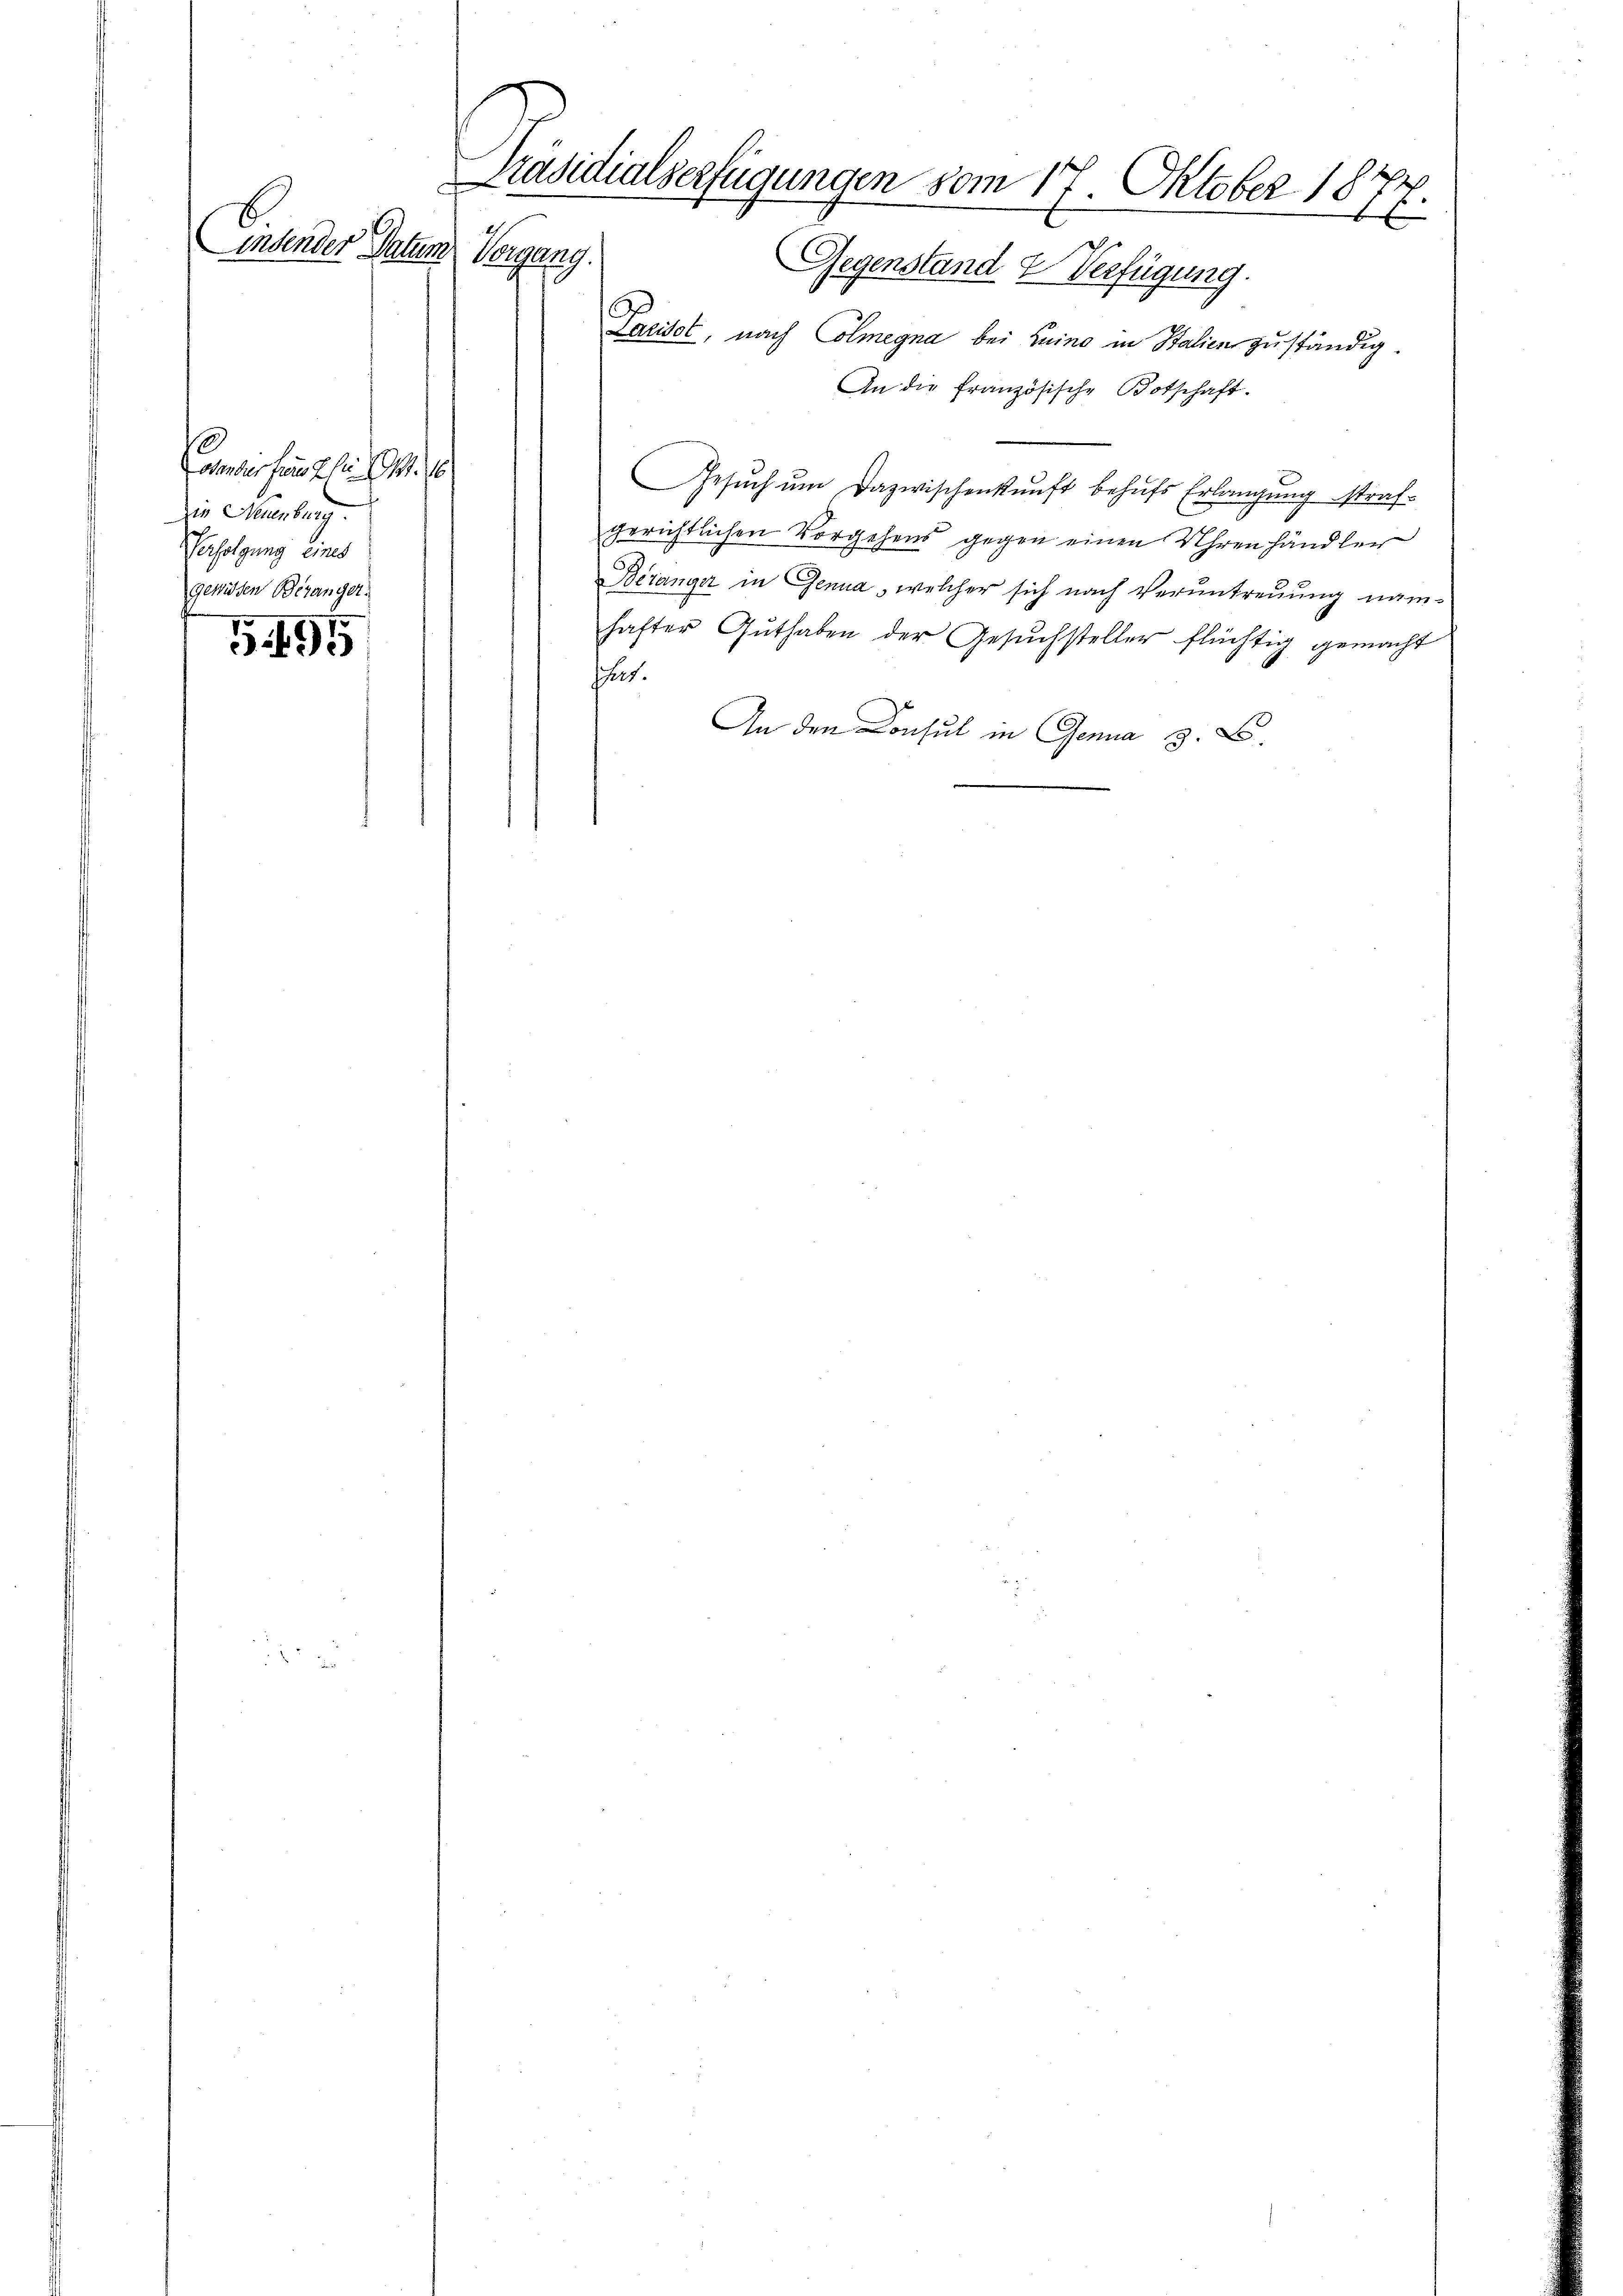
Präsidialserfügungen vom 17. Oktober 1877.
E
insender Datum
Richtung.
Gegenstand & Verfügung.

oir fang ein S. 10
ie Neuenburg.
Verfolgung eines
gewissen Beganger.

75. 495

Paciset, nach Colmegna bei Luino in Stalien zuständig.
An die französische Botschaft.
Gesŭch ŭm Dazwischenkunft behŭfs Erlangung strafgerichtlichen Vorgehens gegen einen Uhrenhändler
Béranger in Genua, welcher sich nach Veruntreuung nämhafter Guthaben der Gesuchsteller flüchtig gemacht
hat.
An den Consul in Genua 8 x